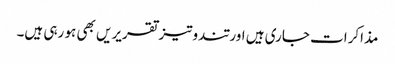
مذاکرات جاری ہیں اور تندوتیز تقریریں بھی ہو رہی ہیں۔